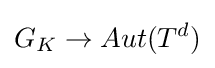
G_{K}\to Aut(T^{d})